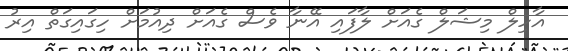
އާހިލް މިޝަލް ގެއަށް ލާފައި އޭނާ ވެސް ގެއަށް ދިއުމަށް ހިގައިގަތް އިރު